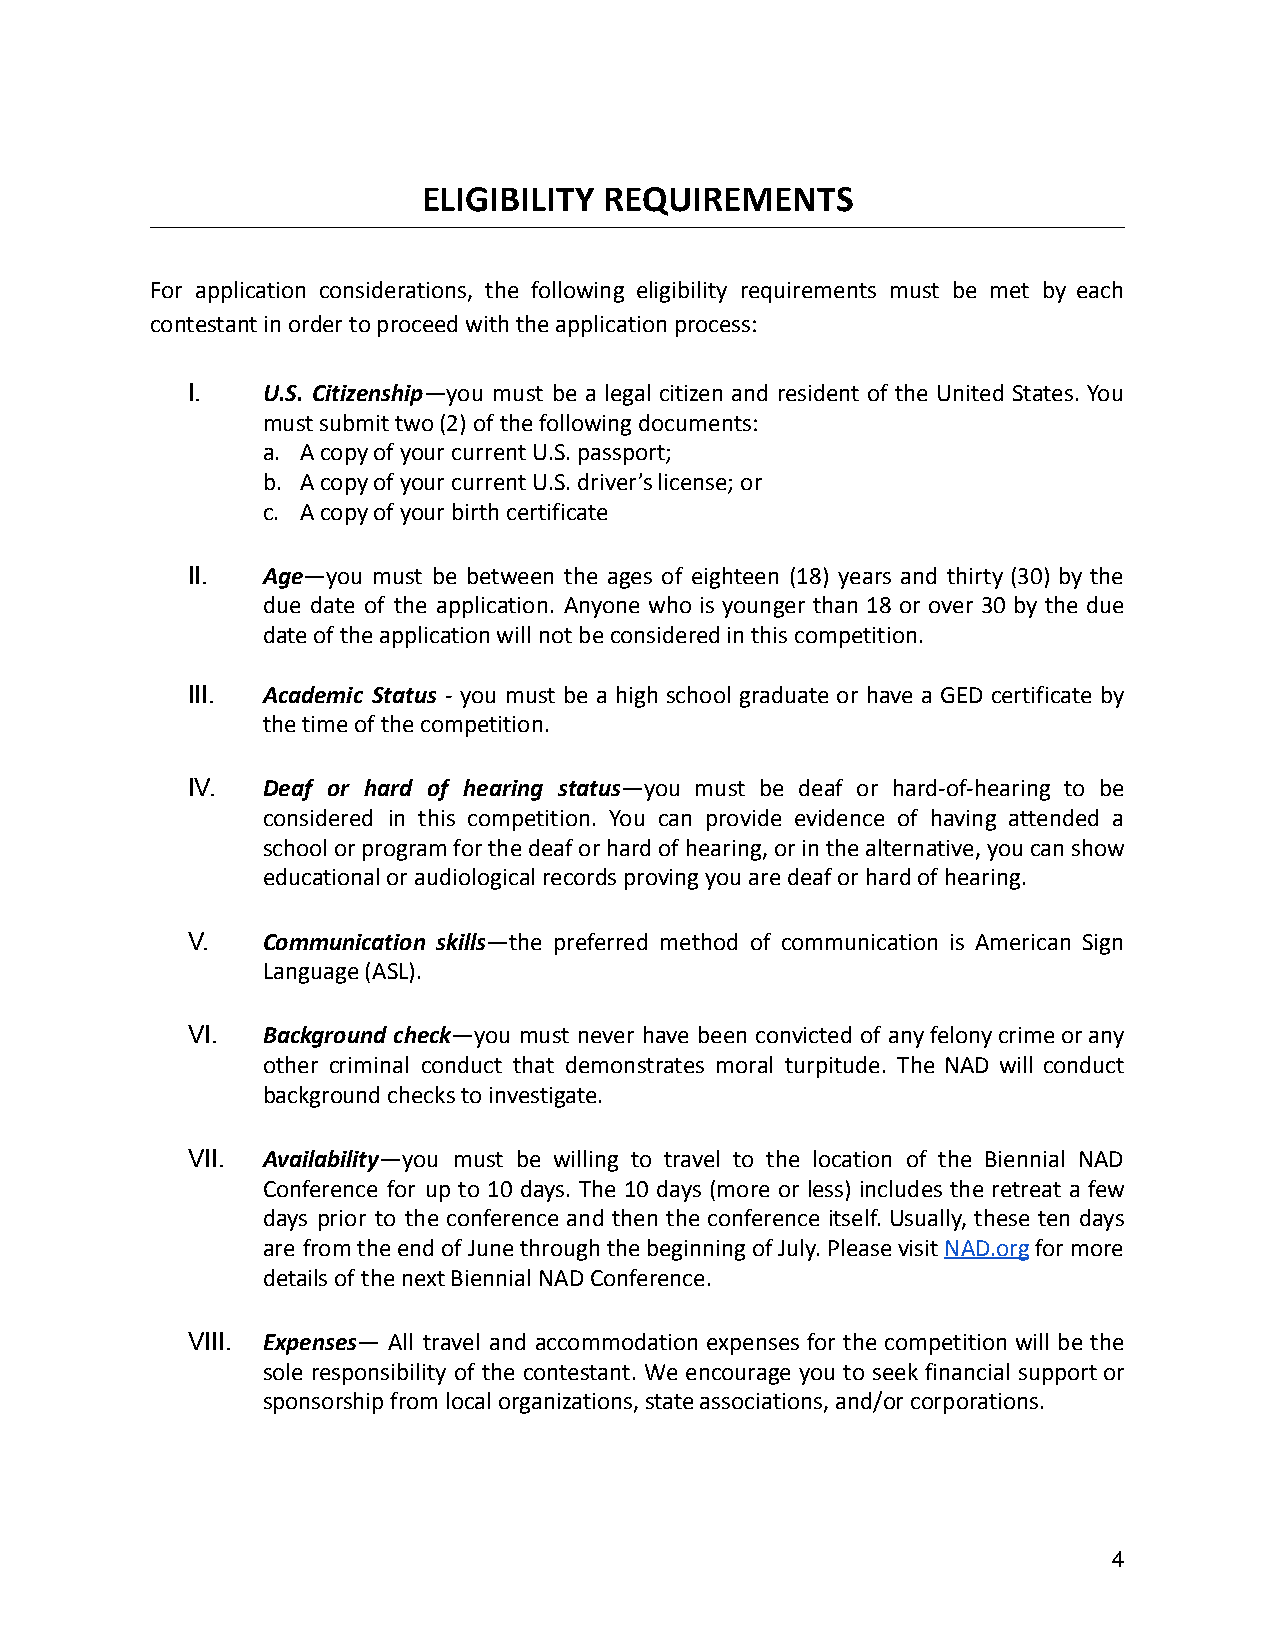
ELIGIBILITY REQUIREMENTS
 For application considerations, the following eligibility requirements must be met by each
 contestant in order to proceed with the application process:
 I.   U.S. Citizenship—you must be a legal citizen and resident of the United States. You
 must submit two (2) of the following documents:
 a. A copy of your current U.S. passport;
 b. A copy of your current U.S. driver’s license; or
 c. A copy of your birth certificate
 II.  Age—you must be between the ages of eighteen (18) years and thirty (30) by the
 due date of the application. Anyone who is younger than 18 or over 30 by the due
 date of the application will not be considered in this competition.
 III. Academic Status - you must be a high school graduate or have a GED certificate by
 the time of the competition.
 IV.  Deaf or hard of hearing status—you must be deaf or hard-of-hearing to be
 considered in this competition. You can provide evidence of having attended a
 schoolorprogramforthedeaforhardofhearing,orinthealternative,youcanshow
 educational or audiological records proving you are deaf or hard of hearing.
 V.   Communication skills—the preferred method of communication is American Sign
 Language (ASL).
 VI.  Background check—you must never have been convicted of anyfelonycrimeorany
 other criminal conduct that demonstrates moral turpitude. The NAD will conduct
 background checks to investigate.
 VII. Availability—you must be willing to travel to the location of the Biennial NAD
 Conference for up to 10 days. The 10 days (more or less) includes the retreat a few
 days prior to the conference and then the conference itself. Usually, these ten days
 are fromtheendofJunethroughthebeginningofJuly.PleasevisitNAD.orgformore
 details of the next Biennial NAD Conference.
 VIII. Expenses— All travel and accommodation expenses for the competition will be the
 sole responsibility of the contestant. We encourage you to seek financial supportor
 sponsorship from local organizations, state associations, and/or corporations.
 4